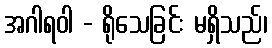
အဂါရဝါ - ရိုသေခြင်း မရှိသည်၊